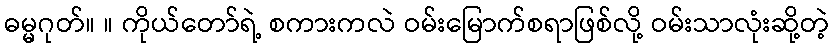
ဓမ္မဂုတ်။ ။ ကိုယ်တော်ရဲ့ စကားကလဲ ဝမ်းမြောက်စရာဖြစ်လို့ ဝမ်းသာလုံးဆို့တဲ့